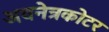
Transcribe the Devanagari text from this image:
अवनेत्रकोटर